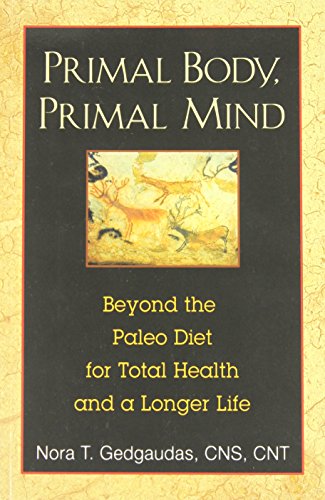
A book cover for Primal Body, Primal Mind: Beyond the Paleo Diet for Total Health and a Longer Life; Nora T. Gedgaudas; Health, Fitness & Dieting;